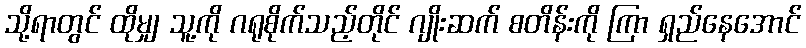
သို့ရာတွင် ထိုမျှ သူ့ကို ဂရုစိုက်သည့်တိုင် ဂျိုးဆက် စတိန်းကို ကြာ ရှည်နေအောင်